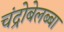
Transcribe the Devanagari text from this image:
चंद्रोबेलब्बा